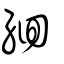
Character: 絗